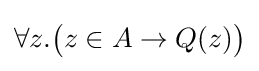
\forall z.{\big (}z\in A\to Q(z){\big )}